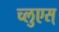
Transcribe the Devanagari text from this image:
च्लुएस्